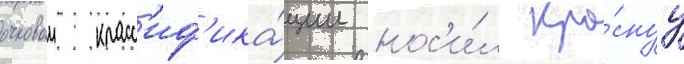
очковои класс'иф'ика́ции нос'и́л кра́снуу